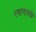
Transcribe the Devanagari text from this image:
रमानायके